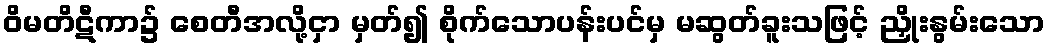
ဝိမတိဋီကာ၌ စေတီအလို့ငှာ မှတ်၍ စိုက်သောပန်းပင်မှ မဆွတ်ခူးသဖြင့် ညှိုးနွမ်းသော